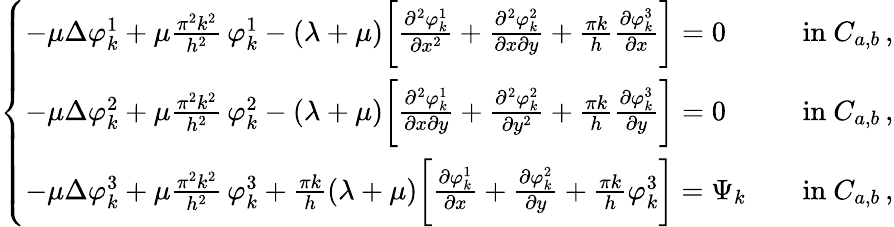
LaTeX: \left\{ \begin{array}{ll}{-\mu\Delta\varphi_{k}^{1}+\mu\frac{\pi^{2}k^{2}}{h^{2}}\, \varphi_{k}^{1}-(\lambda+\mu)\bigg[\frac{\partial^{2}\varphi_{k}^{1}}{\partial x^{2}}+\frac{\partial^{2}\varphi_{k}^{2}}{\partial x\partial y}+\frac{\pi k}h\frac{\partial\varphi_{k}^{3}}{\partial x}\bigg]=0\quad}&{\mathrm{in~}C_{a,b}\, ,}\\ {-\mu\Delta\varphi_{k}^{2}+\mu\frac{\pi^{2}k^{2}}{h^{2}}\, \varphi_{k}^{2}-(\lambda+\mu)\bigg[\frac{\partial^{2}\varphi_{k}^{1}}{\partial x\partial y}+\frac{\partial^{2}\varphi_{k}^{2}}{\partial y^{2}}+\frac{\pi k}h\frac{\partial\varphi_{k}^{3}}{\partial y}\bigg]=0\quad}&{\mathrm{in~}C_{a,b}\, ,}\\ {-\mu\Delta\varphi_{k}^{3}+\mu\frac{\pi^{2}k^{2}}{h^{2}}\, \varphi_{k}^{3}+\frac{\pi k}h(\lambda+\mu)\bigg[\frac{\partial\varphi_{k}^{1}}{\partial x}+\frac{\partial\varphi_{k}^{2}}{\partial y}+\frac{\pi k}h\varphi_{k}^{3}\bigg]=\Psi_{k}\quad}&{\mathrm{in~}C_{a,b}\, ,}\end{array}\right.